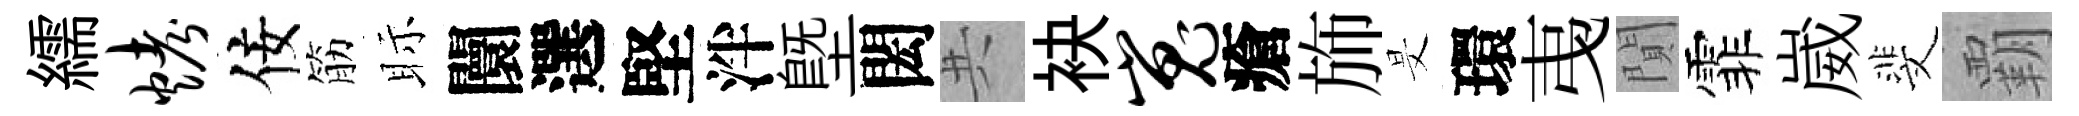
繻烤佞筋眎闤選堅泮塈閎共袂嵬瘡斾旻環𢎯閴霏崴斐覇